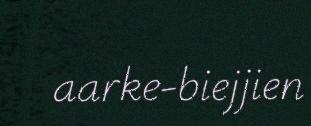
aarke-biejjien